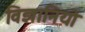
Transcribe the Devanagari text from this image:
विज्ञानियो